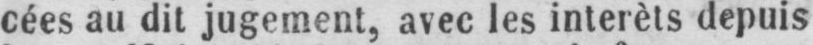
cées au dit jugement, avec les interèts depuis